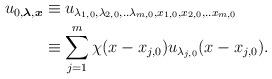
LaTeX: \begin{align*}\begin{aligned}u_{0,\boldsymbol{\lambda},\boldsymbol{x}}&\equiv u_{\lambda_{1,0},\lambda_{2,0},..\lambda_{m,0}, x_{1,0},x_{2,0},..x_{m,0}}\\&\equiv \sum_{j=1}^{m}\chi(x-x_{j,0})u_{\lambda_{j,0}}(x-x_{j,0}).\end{aligned}\end{align*}